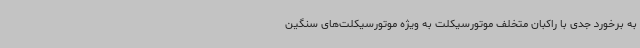
به برخورد جدی با راکبان متخلف موتورسیکلت به ویژه موتورسیکلت‌های سنگین